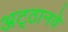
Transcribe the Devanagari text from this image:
अट्‍ठानवे